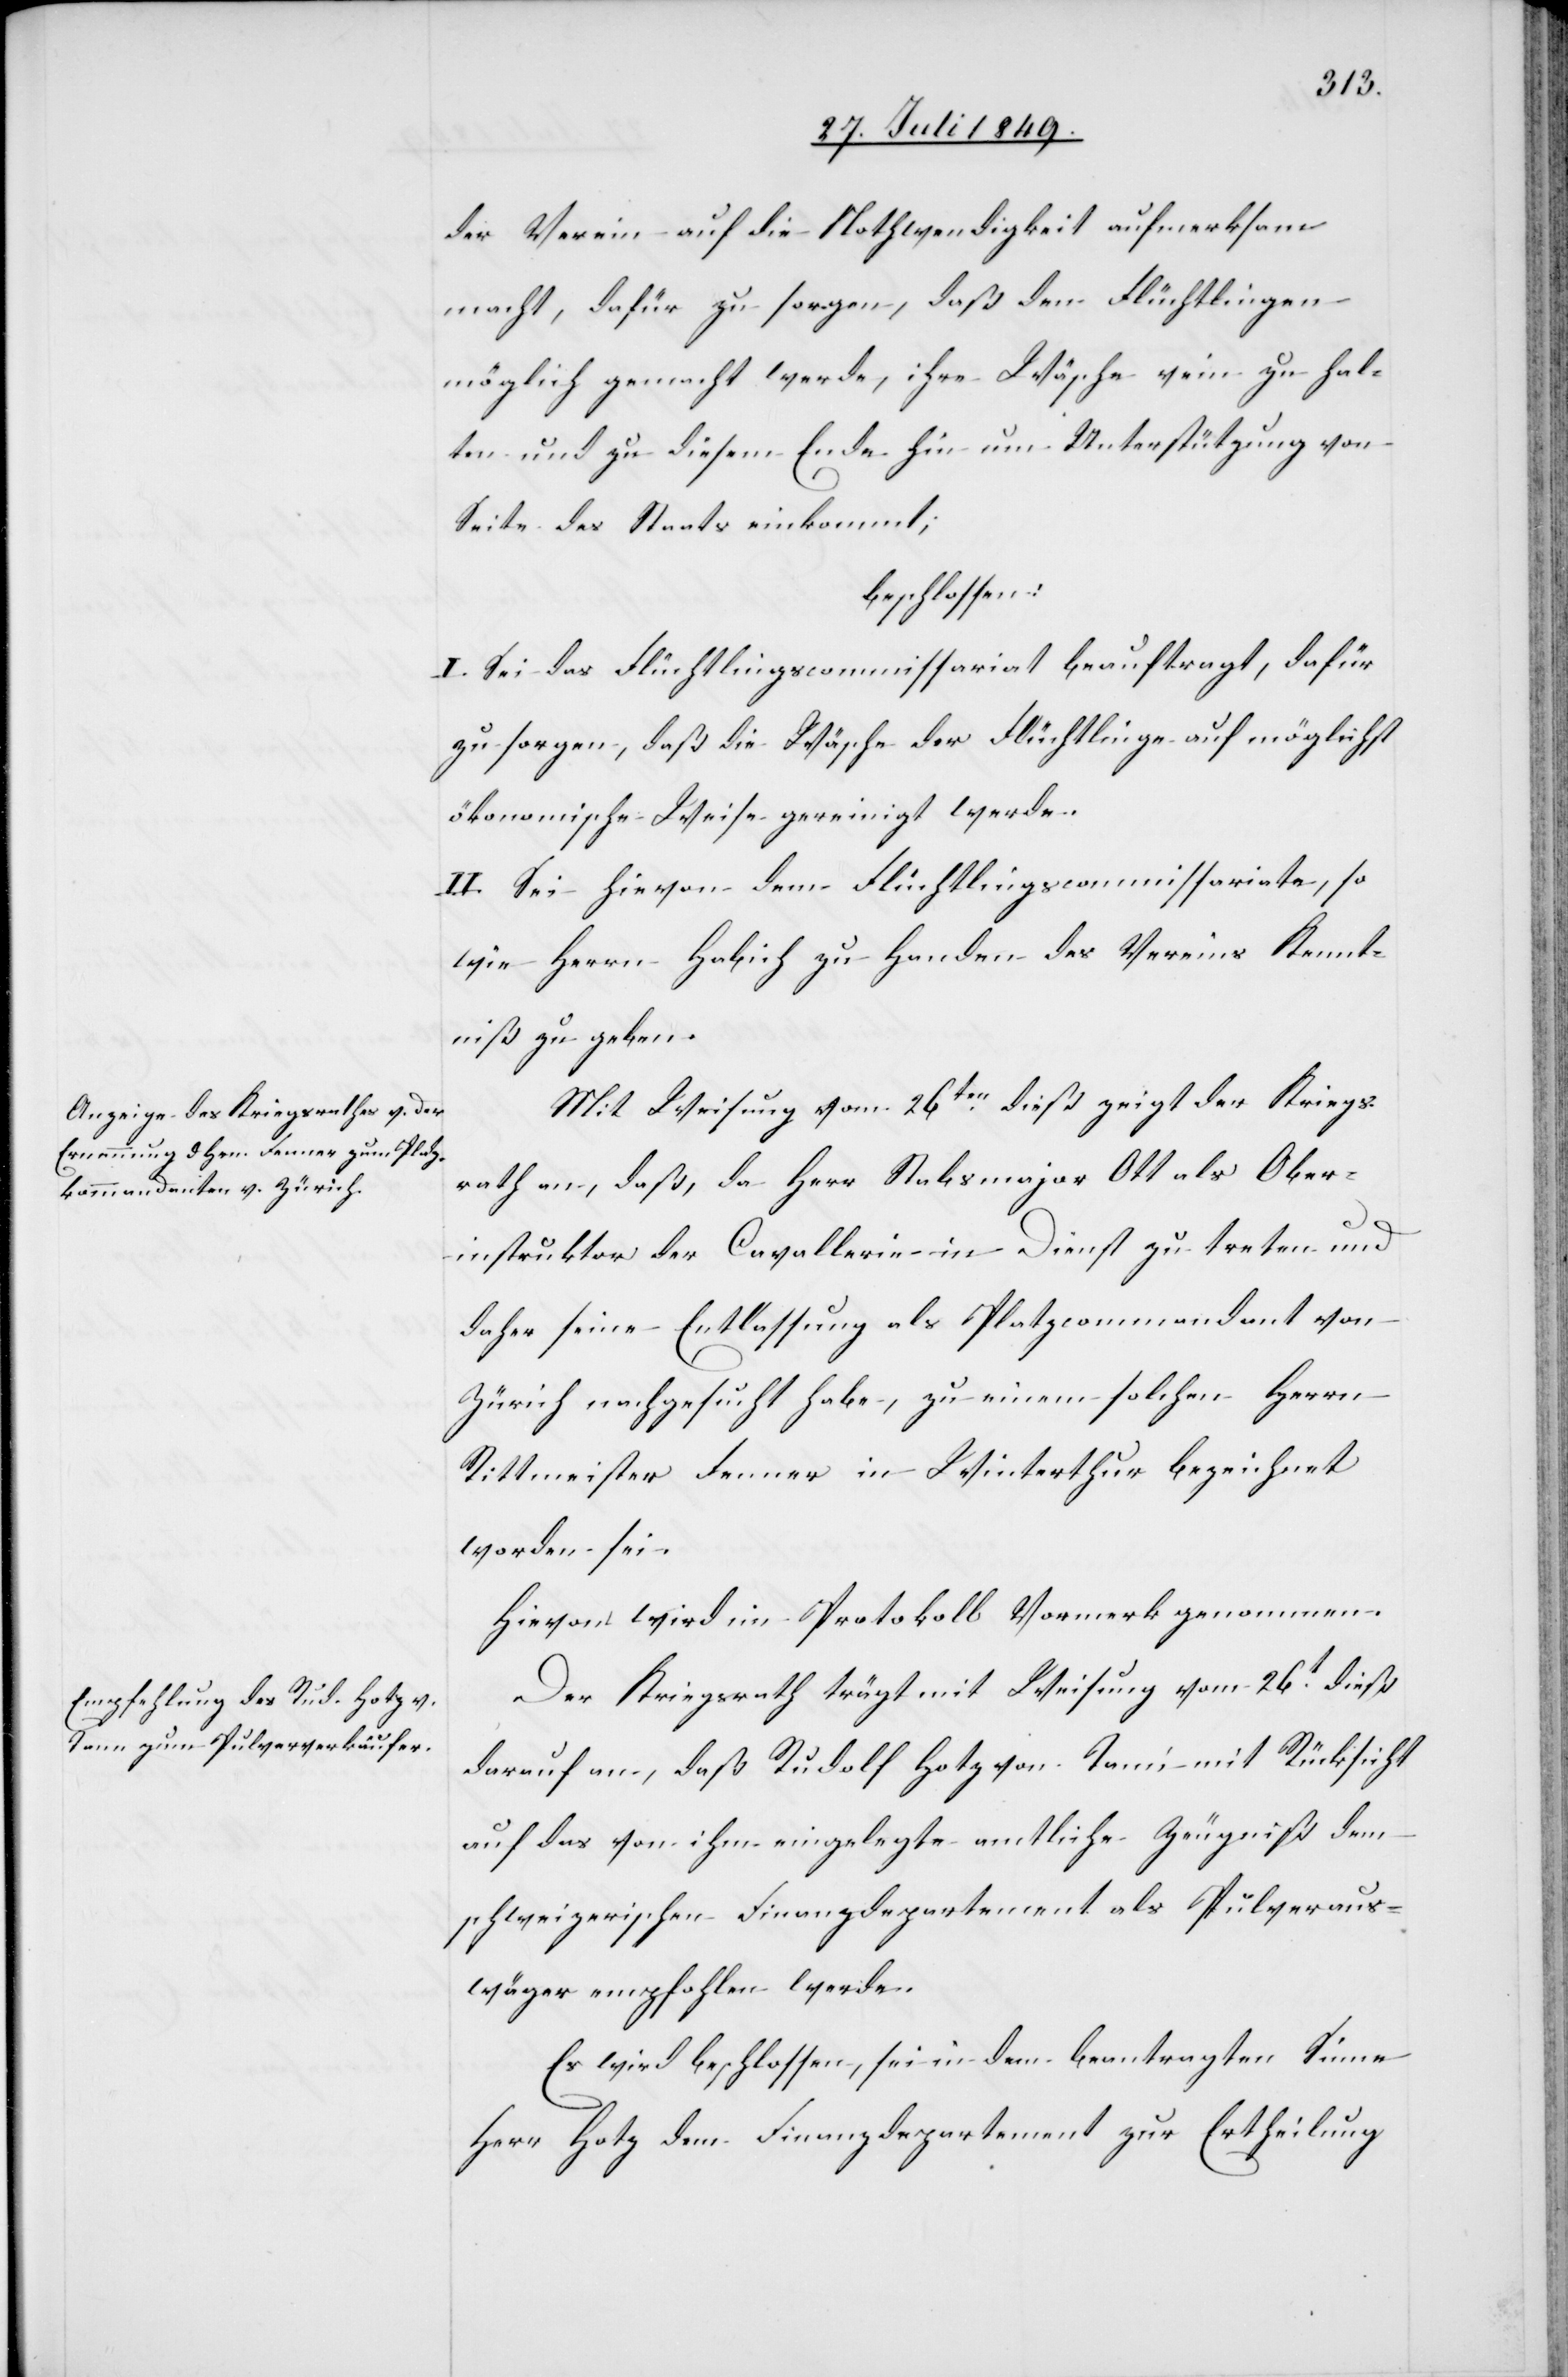
der Verein auf die Nothwendigkeit aufmerksam
macht, dafür zu sorgen, daß den Flüchtlingen
möglich gemacht werde, ihre Wäsche rein zu hal¬
ten und zu diesem Ende hin um Unterstützung von
Seite des Staats einkommt;
beschlossen:
I. Sei das Flüchtlingscommissariat beauftragt, dafür
zu sorgen, daß die Wäsche der Flüchtlinge auf möglichst
ökonomische Weise gereinigt werde.
II. Sei hievon dem Flüchtlingscommissariate, so
wie Herrn Habich zu Handen des Vereins Kennt¬
niß zu geben.
Mit Weisung vom 26ten dieß zeigt der Kriegs¬
rath an, daß, da Herr Stabsmajor Ott als Ober¬
instruktor der Cavallerie in Dienst zu treten und
daher seine Entlassung als Platzcommandant von
Zürich nachgesucht habe, zu einem solchen Herrn
Rittmeister Fenner in Winterthur bezeichnet
worden sei.
Hievon wird im Protokoll Vormerk genommen.
Der Kriegsrath trägt mit Weisung vom 26t dieß
darauf an, daß Rudolf Hotz von Tann mit Rücksicht
auf das von ihm eingelegte amtliche Zeugniß dem
schweizerischen Finanzdepartement als Pulveraus¬
wäger empfohlen werde.
Es wird beschlossen, sei in dem beantragten Sinne
Herrn Hotz dem Finanzdepartement zur Ertheilung